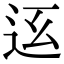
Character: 𨑼